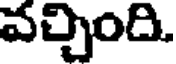
వచ్చింది.